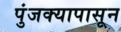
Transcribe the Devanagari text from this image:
पुंजक्यापासून